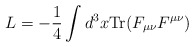
\begin{align*}L=-\frac{1}{4}\int d^3x \mbox{Tr} (F_{\mu \nu}F^{\mu \nu})\end{align*}